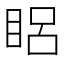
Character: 𥆻